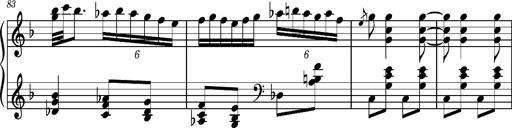
Title: Ungarischer Romanzero
Composer: Franz Liszt